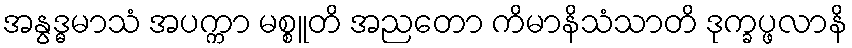
အနွဒ္ဓမာသံ အပက္ကာ မစ္စူတိ အညတော ကိမာနိသံသာတိ ဒုက္ခပ္ဖလာနိ